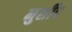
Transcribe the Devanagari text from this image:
मुर्शीद